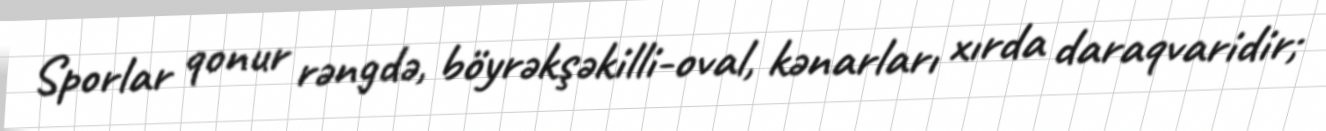
Sporlar qonur rəngdə, böyrəkşəkilli-oval, kənarları xırda daraqvaridir;